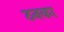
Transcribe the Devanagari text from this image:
ठनका